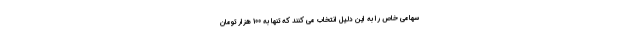
سهامی خاص را به این دلیل انتخاب می کنند که تنها به 100 هزار تومان